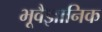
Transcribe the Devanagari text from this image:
भूवैज्ञानिक